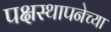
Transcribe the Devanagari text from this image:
पक्षस्थापनेच्या